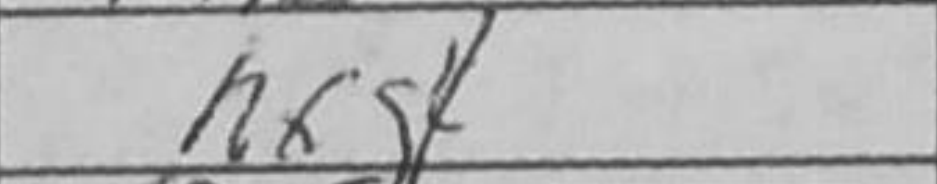
Transcription: hxg4